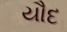
યૌદ